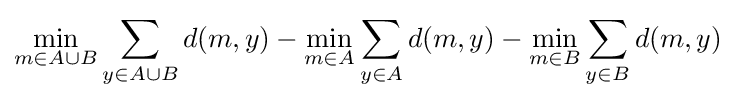
\min _{m\in A\cup B}\sum _{y\in A\cup B}d(m,y)-\min _{m\in A}\sum _{y\in A}d(m,y)-\min _{m\in B}\sum _{y\in B}d(m,y)